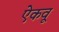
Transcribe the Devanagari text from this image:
ऐकवू